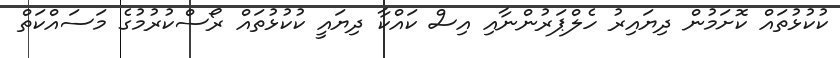
ކުކުޅުތައް ކޮށަމުން ދިޔައިރު ހެލްޕަރުންނާއި އިސް ކައްކާ ދިޔައީ ކުކުޅުތައް ރޯސްކުރުމުގެ މަސައްކަތް